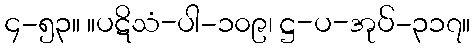
၄-၅၃။ ။ပဋိသံ-ပါ-၁၀၉၊ ဋ္ဌ-ပ-အုပ်-၃၁၇။